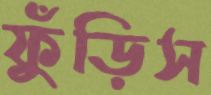
ফুঁড়িস